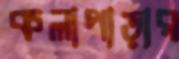
কলাপাড়ার